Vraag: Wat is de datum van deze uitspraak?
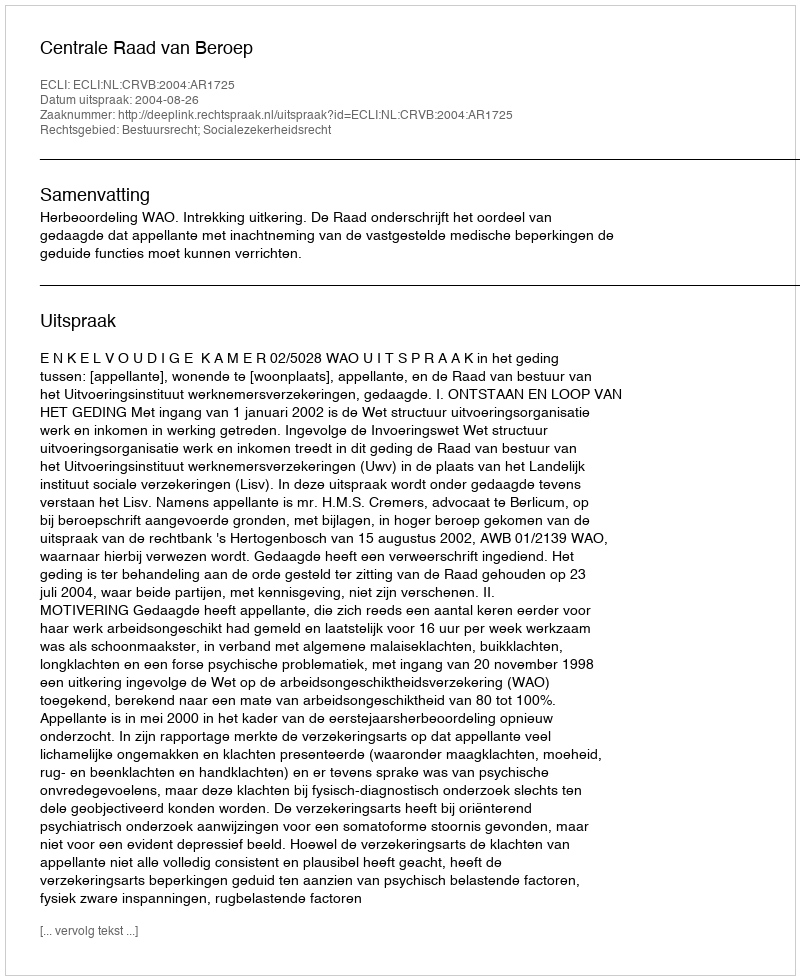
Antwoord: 2004-08-26